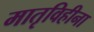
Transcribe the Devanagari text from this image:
मातृविहीना